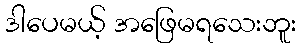
ဒါပေမယ့် အဖြေမရသေးဘူး